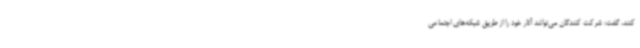
کنند، گفت: شرکت کنندگان می‌توانند آثار خود را از طریق شبکه‌های اجتماعی